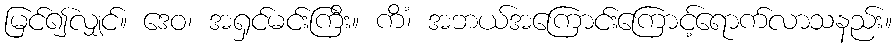
မြင်၍လျှင်။ ဒေဝ၊ အရှင်မင်းကြီး။ ကိံ၊ အဘယ်အကြောင်းကြောင့်ရောက်လာသနည်း။